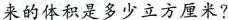
来的体积是多少立方厘米?